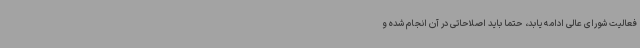
فعالیت شورای عالی ادامه یابد، حتما باید اصلاحاتی در آن انجام شده و